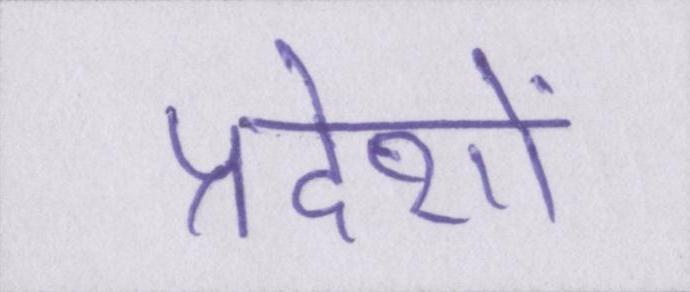
प्रदेशों